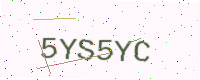
Text: 5YS5YC